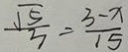
\frac { \sqrt { 5 } } { 3 } = \frac { 3 - x } { 1 5 }